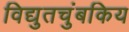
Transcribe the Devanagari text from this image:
विद्युतचुंबकिय